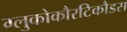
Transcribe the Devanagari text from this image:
ग्लुकोकौरटिकौडस